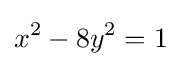
x^{2}-8y^{2}=1